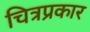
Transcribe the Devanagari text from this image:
चित्रप्रकार